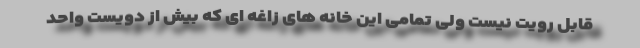
قابل رویت نیست ولی تمامی این خانه های زاغه ای که بیش از دویست واحد